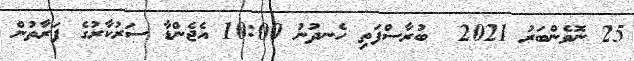
25 ނޮވެންބަރު 2021  ބުރާސްފަތި ހެނދުނު 10:00 އެޖެންޑާ ސަރުކާރުގެ ފަރާތުން